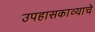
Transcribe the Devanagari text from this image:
उपहासकाव्याचे